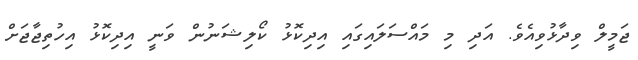
ޖަމީލް ވިދާޅުވިއެވެ. އަދި މި މައްސަލައިގައި އިދިކޮޅު ކޯލިޝަނުން ވަނީ އިދިކޮޅު އިހުތިޖާޖަށް